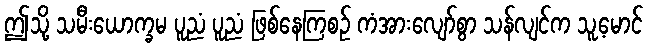
ဤသို့ သမီးယောက္ခမ ပူညံ ပူညံ ဖြစ်နေကြစဉ် ကံအားလျော်စွာ သန်လျင်က သူ့မောင်